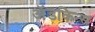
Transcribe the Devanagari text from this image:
अॅडकिन्स